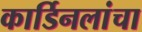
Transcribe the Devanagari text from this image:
कार्डिनलांचा